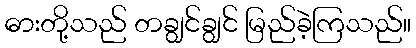
ဓားတို့သည် တချွင်ချွင် မြည်ခဲ့ကြသည်။